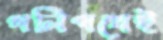
গলিপথেই